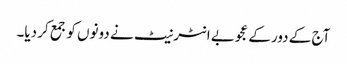
آج کے دور کے عجوبے انٹرنیٹ نے دونوں کو جمع کر دیا۔